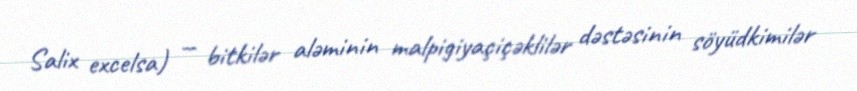
Salix excelsa) — bitkilər aləminin malpigiyaçiçəklilər dəstəsinin söyüdkimilər